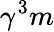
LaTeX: \gamma^{3}m